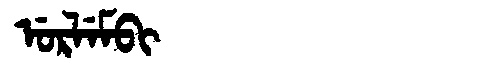
Manchu: ᡠᡵᠯᡝᠮᠪᡳ
Romanization: URLEMBI